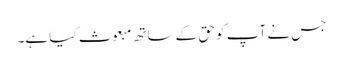
جس نے آپ کو حق کے ساتھ مبعوث کیا ہے۔